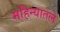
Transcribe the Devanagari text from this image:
महिन्यातले